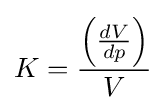
K={\frac {\left({dV \over dp}\right)}{V}}